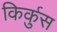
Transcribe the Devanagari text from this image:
किर्कुस